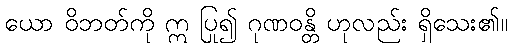
ယော ဝိဘတ်ကို ဣ ပြု၍ ဂုဏဝန္တိ ဟုလည်း ရှိသေး၏။